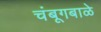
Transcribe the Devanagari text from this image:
चंबूगबाळे